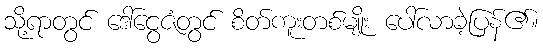
သို့ရာတွင် ဒေါ်ငွေဇံတွင် စိတ်ကူးတစ်မျိုး ပေါ်လာခဲ့ပြန်၏။